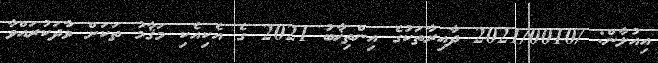
އިއުލާން: /2021/0010 ދާއިރާތަކުގެ އިންތިޚާބު 2021 ގެ އެކިއެކި މަޤާމު ތަކަށް ވާދަކުރައްވާ